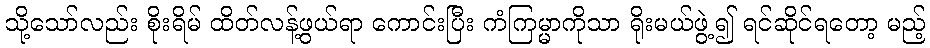
သို့သော်လည်း စိုးရိမ် ထိတ်လန့်ဖွယ်ရာ ကောင်းပြီး ကံကြမ္မာကိုသာ ရိုးမယ်ဖွဲ့၍ ရင်ဆိုင်ရတော့ မည့်